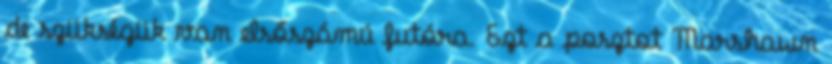
de szükségük van elsőszámú futóra. Ezt a posztot Marshawn